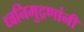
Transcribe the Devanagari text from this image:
ध्वनिमुद्रणांनी